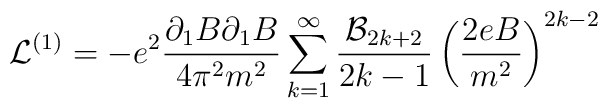
{\cal L}^{(1)}=-e^2\frac{\partial _{1}B\partial _{1}B}{4\pi^2m^2}\sum_{k=1}^{\infty}\frac{{\cal B}_{2k+2}}{2k-1}\left( \frac{2eB}{m^{2}}\right)^{2k-2}